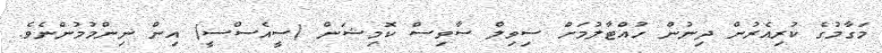
މަގާމުގެ ކުރިއެރުން ދިނުން ހުއްޓާލުމަށް ސިވިލް ސާވިސް ކޮމިޝަން (ސީއެސްސީ) އިން ނިންމުމުންނެވެ.